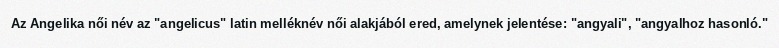
Az Angelika női név az "angelicus" latin melléknév női alakjából ered, amelynek jelentése: "angyali", "angyalhoz hasonló."